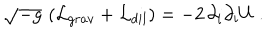
\sqrt { - g } \, \left( { \cal L } _ { g r a v } + { \cal L } _ { d i l } \right) = - 2 \, \partial _ { i } \partial _ { i } U \ .